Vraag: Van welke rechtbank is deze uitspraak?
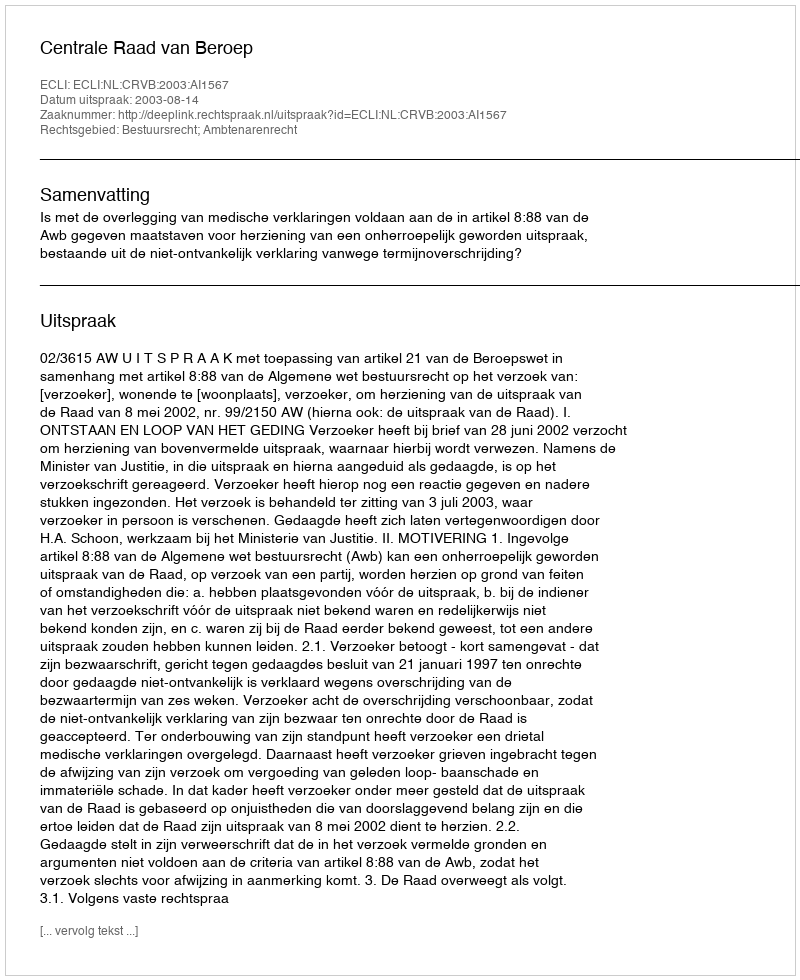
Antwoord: Centrale Raad van Beroep